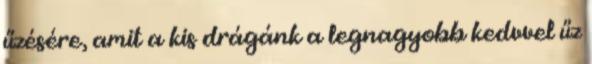
űzésére, amit a kis drágánk a legnagyobb kedvvel űz